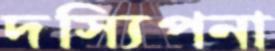
দস্যিপনা